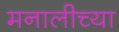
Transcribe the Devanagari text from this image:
मनालीच्या